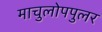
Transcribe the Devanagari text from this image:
माचुलोपपुलर